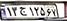
۱۳ج۱۲۵۶۷